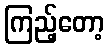
ကြည့်တော့